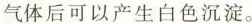
气体后可以产生白色沉淀。